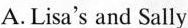
A.Lisa's and Sally